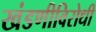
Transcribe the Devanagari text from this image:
खंडणीविरोधी